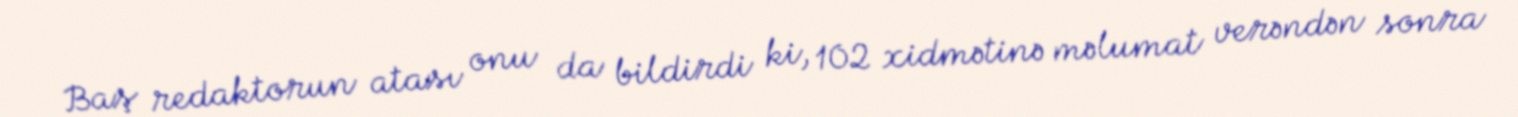
Baş redaktorun atası onu da bildirdi ki, 102 xidmətinə məlumat verəndən sonra